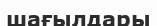
шағылдары